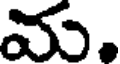
మ.